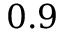
0 . 9